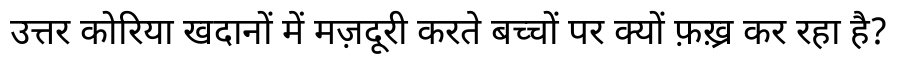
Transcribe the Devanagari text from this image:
उत्तर कोरिया खदानों में मज़दूरी करते बच्चों पर क्यों फ़ख़्र कर रहा है?